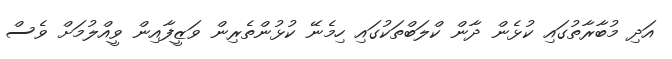
އަދި މުބާރާތުގައި ކުޅެން ދާން ކްލަބްތަކުގައި ހިމެނޭ ކުޅުންތެރިން ވަޒީފާއިން ވީއްލުމަށް ވެސް